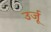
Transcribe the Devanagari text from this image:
उर्जू